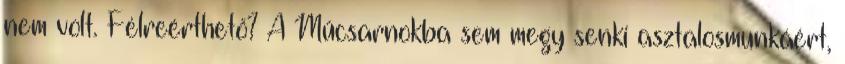
nem volt. Félreérthető? A Műcsarnokba sem megy senki asztalosmunkáért,